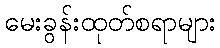
မေးခွန်းထုတ်စရာများ